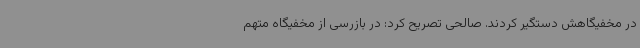
در مخفیگاهش دستگیر کردند. صالحی تصریح کرد: در بازرسی از مخفیگاه متهم